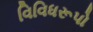
વિવિધરૂપો